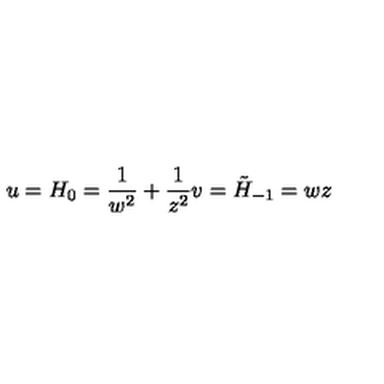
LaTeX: u = H _ { 0 } = \frac { 1 } { w ^ { 2 } } + \frac { 1 } { z ^ { 2 } } v = \tilde { H } _ { - 1 } = w z